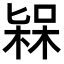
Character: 𣕷